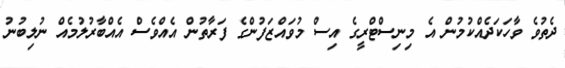
ދެތުވެ ވާހަކަދެއްކުމުން އެ މިނިސްޓްރީގެ އިސް މުވައްޒަފުންގެ ފަރާތުން އެއްވެސް އެއްބާރުލުމެއް ނުލިބުނު